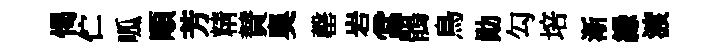
愒伫呱順芳精賛奧罄岩當鶻鳥勛勾培渐縁渡